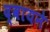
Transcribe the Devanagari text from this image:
द्वायने